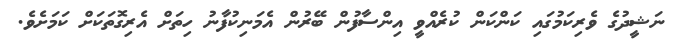
ނަޝީދުގެ ވެރިކަމުގައި ކަންކަން ކުރެއްވީ އިންސާފުން ބޭރުން އެމަނިކުފާނު ހިތަށް އެރިގޮތަކަށް ކަމަށެވެ.